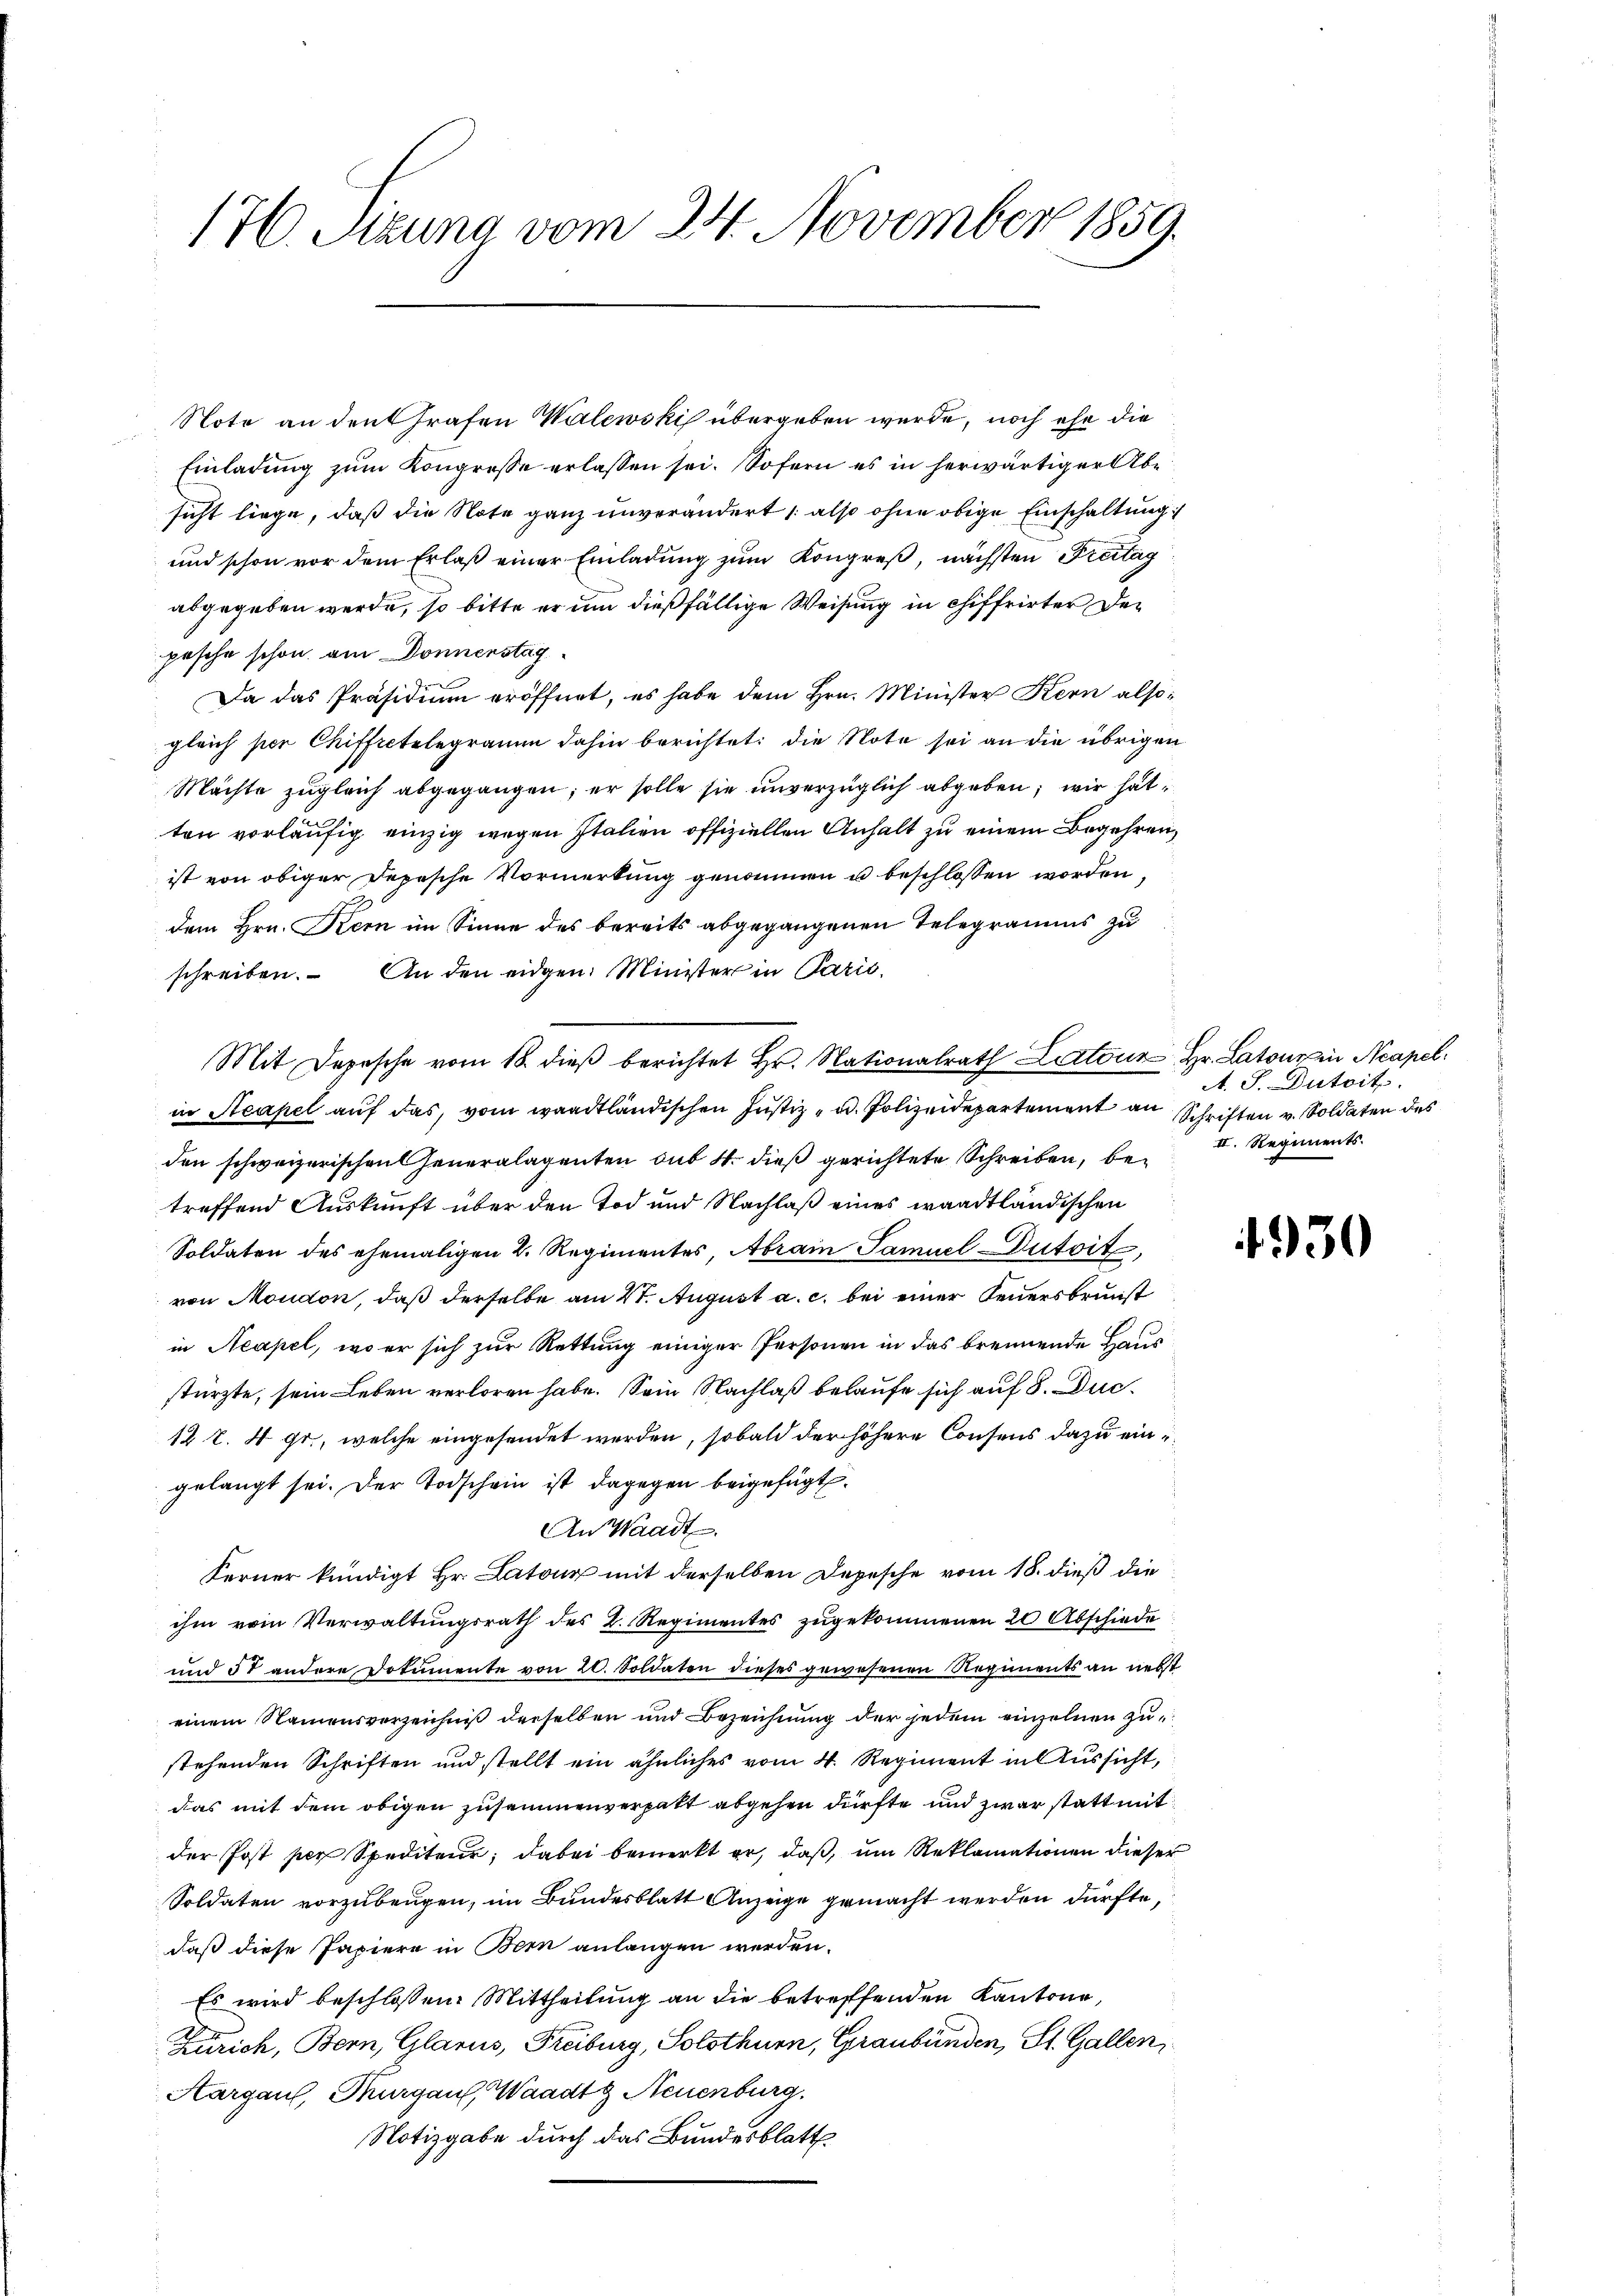
176. Sizung vom 24. November 1859.

Note an den Grafen Walewski übergeben wurde, noch ehe die
Einladung zum Kongresse erlassen sei. Sofern es in herwärtiger Absicht liege, daß die Note ganz unverändert (also ohne obige Einschaltung
und schon vor dem Erlaß einer Einladung zum Kongreß, nächsten Freitag
abgegeben werde, so bitte er um dießfällige Weisung in chiffrirter der
pesche schon am Donnenstag
Da das Präsidium eröffnet, es habe dem Hrn. Minister Kern alsogleich per Chiffectelegramm dahin berichtet: die Note sei an die übrigen
Machte zugleich abgegangen; er solle sie unverzüglich abgeben; wir hat
ten vorläufig einzig wegen Italien offiziellen Anhalt zu einem Begehren,
ist von obiger Depesche Vormerkung genommen u beschlossen worden,
dem Hrn. Kern im Sinne des bereits abgegangenen Telegramms zu
schreiben. An den eidgen. Minister in Paris.
in Acapel auf das, vom waadtländischen Justiz- u. Polizeidepartement an Schriften v. Soldaten des
den schweizerischen Generalagenten sub 4. dieß gerichtete Schreiben, betreffend Auskunft über den Tod und Nachlaß eines waadtländischen
Soldaten des ehemaligen 2. Regimentes, Abrain Samuel-Dutoit,
von Moudon, daß derselbe am 21. August a. c. bei einer Feuersbrunst
in Neapel, wo er sich zur Rettung einiger Personen in das brennende Haus
stürzte, sein Leben verloren habe. Sein Nachlaß belaufe sich auf 8. Duc¬
12 t. 4 gr., welche eingesendet werden, sobald der höhere Consens dazu eingelangt sei. Der Todschein ist dagegen beigefügt
An Waadt.
Ferner kündigt Hr. Latour mit derselben Depesche vom 18. dieß die
ihm vom Verwaltungsrath des K. Regimentes zugekommenen 20 Abschiede
und 51 andere Dokumente von 20. Soldaten dieses gewesenen Regiments an nebst
einem Namensverzeichniß derselben und Bezeichnung der jedem einzelnen zustehenden Schriften und stellt ein ähnliches vom 4. Regiment in Aussicht,
das mit dem obigen zusammenverpatt abgehen dürfte und zwar statt mit
der Post per Spediteur; dabei bemerkt er, daß, um Reklamationen dieser
Soldaten vorzubeugen, im Bundesblatt Anzeige gemacht werden dürfte,
daß diese Papiere in Bern anlangen werden.
Es wird beschlossen: Mittheilung an die betreffenden Kantone,
Zürich, Bern, Glarus, Freiburg, Solothurn, Graubünden, St. Gallen,
Aargau, Thurgau, Waadt & Neuenburg.
Notizgabe durch das Bundesblatt

Mit Depesche vom 18. dieß berichtet Hr. Nationalrath Latone Hr. Latons in Neapel

A. S. Dutoits
II. Regiments.

4930